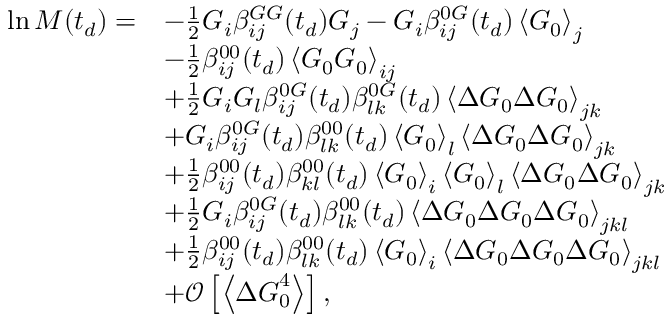
\begin{array} { r l } { \ln M ( t _ { d } ) = } & { - \frac { 1 } { 2 } G _ { i } \beta _ { i j } ^ { G G } ( t _ { d } ) G _ { j } - G _ { i } \beta _ { i j } ^ { 0 G } ( t _ { d } ) \left\langle \boldsymbol { G } _ { 0 } \right\rangle _ { j } } \\ & { - \frac { 1 } { 2 } \beta _ { i j } ^ { 0 0 } ( t _ { d } ) \left\langle \boldsymbol { G } _ { 0 } \boldsymbol { G } _ { 0 } \right\rangle _ { i j } } \\ & { + \frac { 1 } { 2 } G _ { i } G _ { l } \beta _ { i j } ^ { 0 G } ( t _ { d } ) \beta _ { l k } ^ { 0 G } ( t _ { d } ) \left\langle \Delta \boldsymbol { G } _ { 0 } \Delta \boldsymbol { G } _ { 0 } \right\rangle _ { j k } } \\ & { + G _ { i } \beta _ { i j } ^ { 0 G } ( t _ { d } ) \beta _ { l k } ^ { 0 0 } ( t _ { d } ) \left\langle \boldsymbol { G } _ { 0 } \right\rangle _ { l } \left\langle \Delta \boldsymbol { G } _ { 0 } \Delta \boldsymbol { G } _ { 0 } \right\rangle _ { j k } } \\ & { + \frac { 1 } { 2 } \beta _ { i j } ^ { 0 0 } ( t _ { d } ) \beta _ { k l } ^ { 0 0 } ( t _ { d } ) \left\langle \boldsymbol { G } _ { 0 } \right\rangle _ { i } \left\langle \boldsymbol { G } _ { 0 } \right\rangle _ { l } \left\langle \Delta \boldsymbol { G } _ { 0 } \Delta \boldsymbol { G } _ { 0 } \right\rangle _ { j k } } \\ & { + \frac { 1 } { 2 } G _ { i } \beta _ { i j } ^ { 0 G } ( t _ { d } ) \beta _ { l k } ^ { 0 0 } ( t _ { d } ) \left\langle \Delta \boldsymbol { G } _ { 0 } \Delta \boldsymbol { G } _ { 0 } \Delta \boldsymbol { G } _ { 0 } \right\rangle _ { j k l } } \\ & { + \frac { 1 } { 2 } \beta _ { i j } ^ { 0 0 } ( t _ { d } ) \beta _ { l k } ^ { 0 0 } ( t _ { d } ) \left\langle \boldsymbol { G } _ { 0 } \right\rangle _ { i } \left\langle \Delta \boldsymbol { G } _ { 0 } \Delta \boldsymbol { G } _ { 0 } \Delta \boldsymbol { G } _ { 0 } \right\rangle _ { j k l } } \\ & { + \mathcal { O } \left[ \left\langle \Delta \boldsymbol { G } _ { 0 } ^ { 4 } \right\rangle \right] , } \end{array}